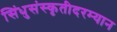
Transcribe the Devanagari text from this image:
सिंधुसंस्कृतीदरम्यान